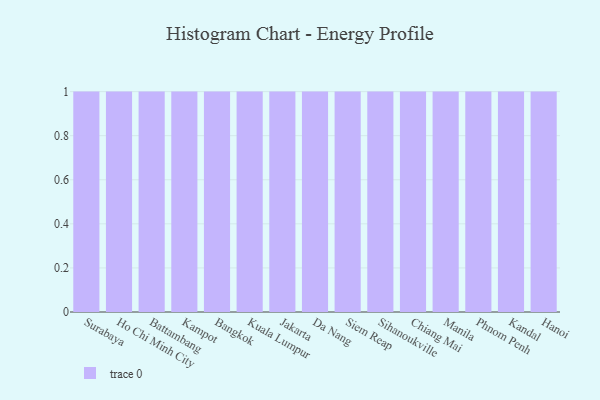
{"axis": {"x": "City", "y": "Production Output"}, "legend": [""], "data": [{"x": "Surabaya", "y": 66, "type": ""}, {"x": "Ho Chi Minh City", "y": 38, "type": ""}, {"x": "Battambang", "y": 36, "type": ""}, {"x": "Kampot", "y": 39, "type": ""}, {"x": "Bangkok", "y": 91, "type": ""}, {"x": "Kuala Lumpur", "y": 7, "type": ""}, {"x": "Jakarta", "y": 88, "type": ""}, {"x": "Da Nang", "y": 90, "type": ""}, {"x": "Siem Reap", "y": 9, "type": ""}, {"x": "Sihanoukville", "y": 8, "type": ""}, {"x": "Chiang Mai", "y": 69, "type": ""}, {"x": "Manila", "y": 88, "type": ""}, {"x": "Phnom Penh", "y": 70, "type": ""}, {"x": "Kandal", "y": 11, "type": ""}, {"x": "Hanoi", "y": 22, "type": ""}]}